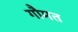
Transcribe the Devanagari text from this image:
गौमत